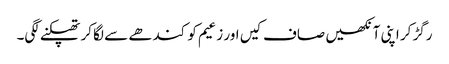
رگڑ کر اپنی آنکھیں صاف کیں اور زعیم کو کندھے سے لگا کر تھپکنے لگی۔